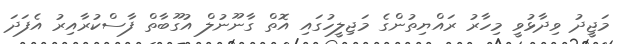
މަޖީދު ވިދާޅުވީ މިހާރު ރައްޔިތުންގެ މަޖިލީހުގައި އޮތް ގާނޫނުލް އުގޫބާތް ފާސްކުރާއިރު އެފަދަ